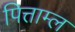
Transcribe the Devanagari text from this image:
पित्ताम्ल